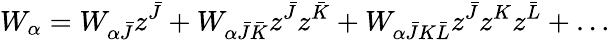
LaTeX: W_{\alpha}=W_{\alpha\bar{J}}z^{\bar{J}}+W_{\alpha\bar{J}\bar{K}}z^{\bar{J}}z^{\bar{K}}+W_{\alpha\bar{J}K\bar{L}}z^{\bar{J}}z^{K}z^{\bar{L}}+\dots